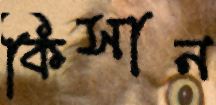
কিসান